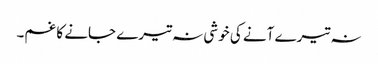
نہ تیرے آنے کی خوشی نہ تیرے جانے کا غم۔